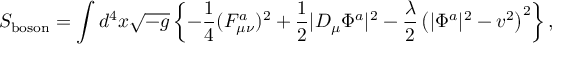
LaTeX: S _ { \mathrm { b o s o n } } = \int d ^ { 4 } x \sqrt { - g } \left\{ - \frac { 1 } { 4 } ( F _ { \mu \nu } ^ { a } ) ^ { 2 } + \frac { 1 } { 2 } \vert D _ { \mu } \Phi ^ { a } \vert ^ { 2 } - \frac { \lambda } { 2 } \left( \vert \Phi ^ { a } \vert ^ { 2 } - v ^ { 2 } \right) ^ { 2 } \right\} ,